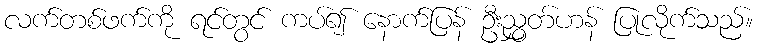
လက်တစ်ဖက်ကို ရင်တွင် ကပ်၍ နောက်ပြန် ဦးညွှတ်ဟန် ပြုလိုက်သည်။